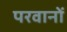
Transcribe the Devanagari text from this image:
परवानों